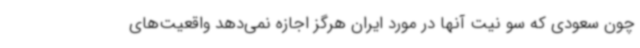
چون سعودی که سو نیت آنها در مورد ایران هرگز اجازه نمی‌دهد واقعیت‌های